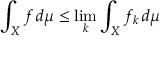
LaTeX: \int _ { X } f \, d \mu \leq \operatorname* { l i m } _ { k } \int _ { X } f _ { k } \, d \mu